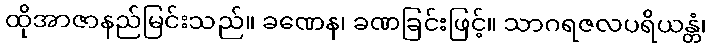
ထိုအာဇာနည်မြင်းသည်။ ခဏေန၊ ခဏခြင်းဖြင့်။ သာဂရဇလပရိယန္တံ၊